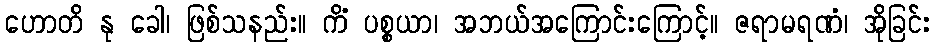
ဟောတိ နု ခေါ၊ ဖြစ်သနည်း။ ကိံ ပစ္စယာ၊ အဘယ်အကြောင်းကြောင့်။ ဇရာမရဏံ၊ အိုခြင်း